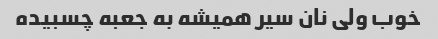
خوب ولی نان سیر همیشه به جعبه چسبیده